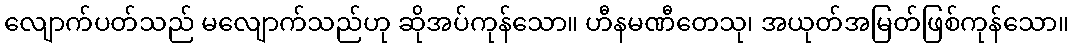
လျောက်ပတ်သည် မလျောက်သည်ဟု ဆိုအပ်ကုန်သော။ ဟီနမဏီတေသု၊ အယုတ်အမြတ်ဖြစ်ကုန်သော။